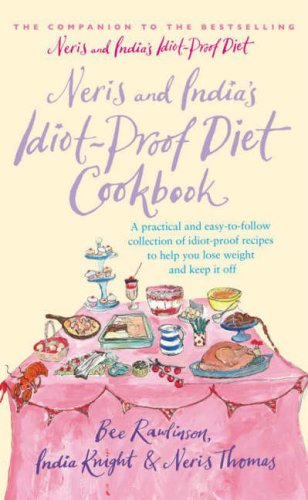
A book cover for Neris And India's Idiot Proof Diet Cookbook; Bee Rawlinson; Cookbooks, Food & Wine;